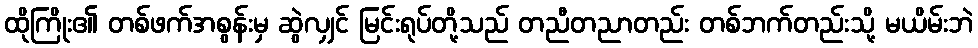
ထိုကြိုး၏ တစ်ဖက်အစွန်းမှ ဆွဲလျှင် မြင်းရုပ်တို့သည် တညီတညာတည်း တစ်ဘက်တည်းသို့ မယိမ်းဘဲ